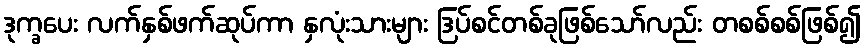
ဒုက္ခပေး လက်နှစ်ဖက်ဆုပ်ကာ နှလုံးသားများ ဒြပ်စင်တစ်ခုဖြစ်သော်လည်း တစစ်စစ်ဖြစ်၍